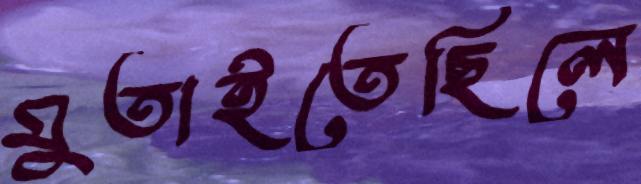
মুতাইতেছিলে